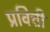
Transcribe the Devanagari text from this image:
प्रवित्ती